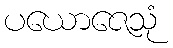
ပယောဇေသုံ